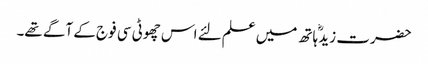
حضرت زیدؓ ہاتھ میں علم لئے اس چھوٹی سی فوج کے آگے تھے۔